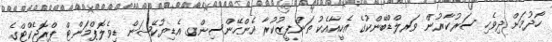
ހޯދުމަށް ދިވެހި ސަރުކާރުން ވަރލްޑްބޭންކުގެ އެހީއާއެކު ތަންފީޒުކުރާ އެންހޭންސިންގ އެޑިޔުކޭޝަން ޑިވެލޮޕްމަންޓް ޕްރޮޖެކްޓްގެ